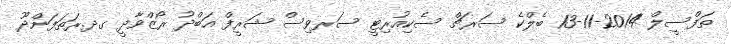
ތަފްސީލް 2014-11-13 ބެލްކެ ސަރޗް ސެކިއުރިޓީ ސަރވިސް ޝަރީފް އަބްދު ރޯޒްވާދީ ގދ.ރަތަފަންދޫ